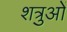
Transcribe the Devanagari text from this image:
शत्रुओें